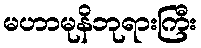
မဟာမုနိဘုရားကြီး